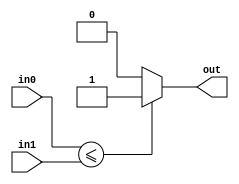
`timescale 1ns / 1ps
//////////////////////////////////////////////////////////////////////////////////
// Company: 
// Engineer: 
// 
// Design Name: 
// Module Name: comparator
// Project Name: 
// Target Devices: 
// Tool Versions: 
// Description: 
// 
// Dependencies: 
// 
// Revision:
// Revision 0.01 - File Created
// Additional Comments:
// 
//////////////////////////////////////////////////////////////////////////////////


module comparator(
    input [29:0] in0,
    input [29:0] in1,
    output out
    );
    
    assign out = (in0 <= in1) ? 1 : 0;
endmodule